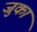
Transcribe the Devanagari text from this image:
जुका